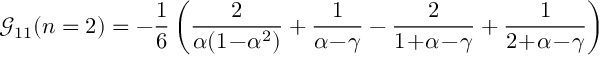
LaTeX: { \mathcal G } _ { 1 1 } ( n = 2 ) = - \frac 1 6 \left( \frac { 2 } { \alpha ( 1 \! - \! \alpha ^ { 2 } ) } + \frac { 1 } { \alpha \! - \! \gamma } - \frac { 2 } { 1 \! + \! \alpha \! - \! \gamma } + \frac { 1 } { 2 \! + \! \alpha \! - \! \gamma } \right) \nonumber